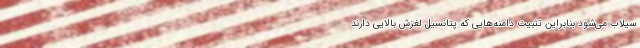
سیلاب می‌شود بنابراین تثبیت دامنه‌هایی که پتانسیل لغزش بالایی دارند